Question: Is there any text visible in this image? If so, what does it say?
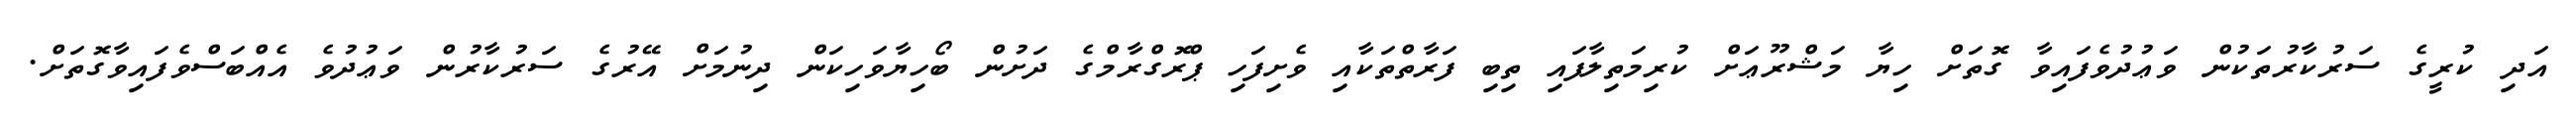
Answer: އަދި ކުރީގެ ސަރުކާރުތަކުން ވަޢުދުވެފައިވާ ގޮތަށް ހިޔާ މަޝްރޫޢަށް ކުރިމަތިލާފައި ތިބި ފަރާތްތަކާއި ވެށިފަހި ޕްރޮގްރާމްގެ ދަށުން ބޯހިޔާވަހިކަން ދިނުމަށް އޭރުގެ ސަރުކާރުން ވަޢުދުވެ އެއްބަސްވެފައިވާގޮތަށް.